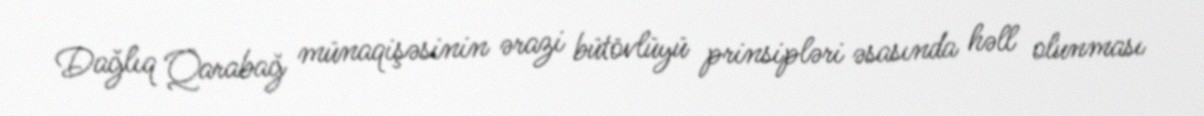
Dağlıq Qarabağ münaqişəsinin ərazi bütövlüyü prinsipləri əsasında həll olunması